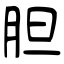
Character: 胆